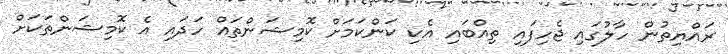
ރައްޔިތުން ހާލުގައި ޖެހިފައި ތިއްބައި އެކި ކަންކަމަށް ކޮމިޝަންތައް ހަދައި އެ ކޮމިޝަންތަކަށް